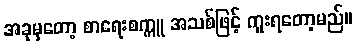
အခုမှတော့ စာရေးစက္ကူ အသစ်ဖြင့် ကူးရတော့မည်။